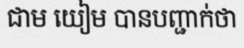
ជាម យៀម បានបញ្ជាក់ថា